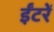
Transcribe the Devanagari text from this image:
ईंटरें